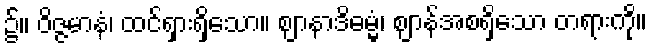
၌။ ဝိဇ္ဇမာနံ၊ ထင်ရှားရှိသော။ ဈာနာဒိဓမ္မံ၊ ဈာန်အစရှိသော တရားကို။